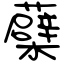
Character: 蘗